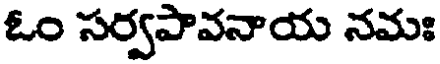
ఓం సర్వపావనాయ నమః